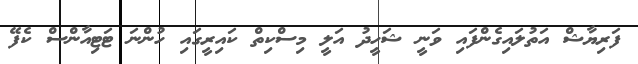
ފަރިޔާޝް އަތުލައިގެންފައި ވަނީ ޝަހީދު އަލީ މިސްކިތް ކައިރީގައި ހުންނަ ޓަޓިއާންސް ކެފޭ